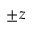
\pm z